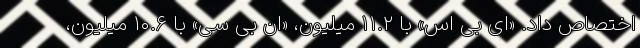
اختصاص داد. «ای بی اس» با ۱۱.۲ میلیون، «ان بی سی» با ۱۰.۶ میلیون،